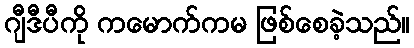
ဂျီဒီပီကို ကမောက်ကမ ဖြစ်စေခဲ့သည်။